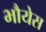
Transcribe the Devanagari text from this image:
भौयेस